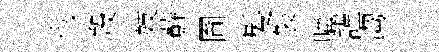
也羖妓蘚圗髪裂購謹淘